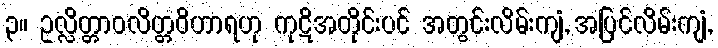
၃။ ဥလ္လိတ္တာဝလိတ္တဝိဟာရဟု ကုဋိအတိုင်းပင် အတွင်းလိမ်းကျံ, အပြင်လိမ်းကျံ,